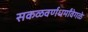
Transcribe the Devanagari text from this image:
सकळवर्णधर्मांवेगळे